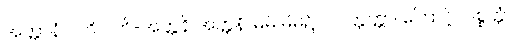
အတ္တာနံ ပတိ ပတိ-အတ္တနိ အတ္တနိ၊ မိမိ မိမိ၌။ ပဝတ္တတ္တာ၊ ကြောင့်။ ပစ္စတ္တံ၊